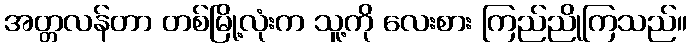
အတ္တလန်တာ တစ်မြို့လုံးက သူ့ကို လေးစား ကြည်ညိုကြသည်။